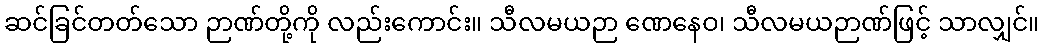
ဆင်ခြင်တတ်သော ဉာဏ်တို့ကို လည်းကောင်း။ သီလမယဉာ ဏေနေဝ၊ သီလမယဉာဏ်ဖြင့် သာလျှင်။